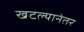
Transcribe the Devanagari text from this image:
खटल्यानंतर